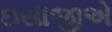
ઇસાજીએ